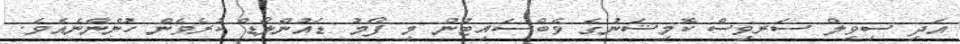
އަދި ސިވިލް ސަރވިސް ކޮމިޝަނުގެ ވެބްސައިޓުން މި ފޯމު ޑައުންލޯޑް ކުރެވެން ހުންނާނެއެވެ.